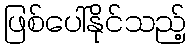
ဖြစ်ပေါ်နိုင်သည့်